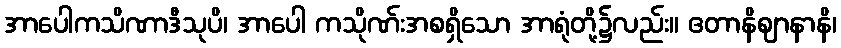
အာပေါကသိဏာဒီသုပိ၊ အာပေါ ကသိုဏ်းအစရှိသော အာရုံတို့၌လည်း။ ဧတာနိဈာနာနိ၊